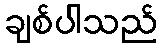
ချစ်ပါသည်